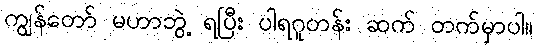
ကျွန်တော် မဟာဘွဲ့ ရပြီး ပါရဂူတန်း ဆက် တက်မှာပါ။